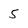
Character: 5